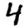
Digit: 4